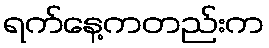
ရက်နေ့ကတည်းက